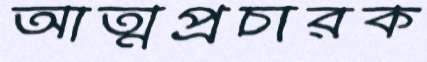
আত্মপ্রচারক